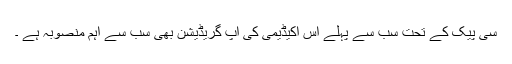
سی پیک کے تحت سب سے پہلے اس اکیڈیمی کی اپ گریڈیشن بھی سب سے اہم منصوبہ ہے ۔